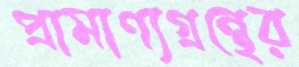
প্রামাণ্যগ্রন্থের